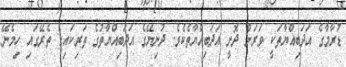
ޑުރާމާގެ އަދަބިއްޔާތަކީ ވަރަށް ދޮށީ އަދަބިއްޔާތެކެވެ. ދުނިޔޭގެ އަދަބިއްޔާތުގެ ތަރިކައިގެ ތެރޭގައި ހިމެނޭ